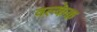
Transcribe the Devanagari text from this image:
वल्केक